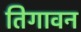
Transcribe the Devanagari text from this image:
तिगावन